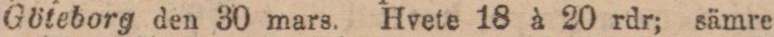
Göteborg den 30 mars. Hvete 18 à 20 rdr; sämre